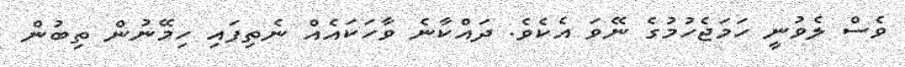
ވެސް ލެވުނީ ހަމަޖެހުމުގެ ނޭވަ އެކެވެ. ދައްކާނެ ވާހަކައެއް ނެތިފައި ހިމޭނުން ތިބުން